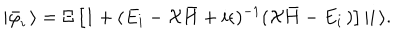
| { \bar { \varphi } } _ { i } \, \rangle = \Xi \left[ 1 + ( E _ { i } - { \cal X } { \bar { H } } + i \epsilon ) ^ { - 1 } ( { \cal X } { \bar { H } } - E _ { i } \, ) \right] | i \, \rangle .